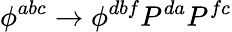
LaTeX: \phi^{abc}\rightarrow\phi^{dbf}P^{da}P^{fc}